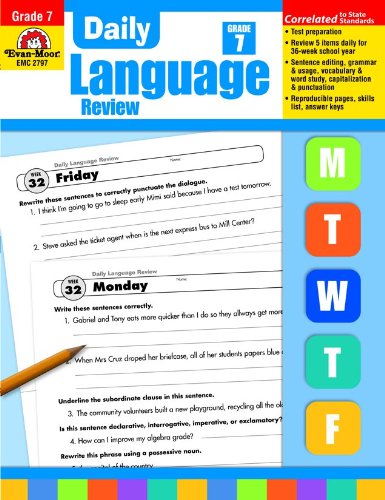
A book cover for Daily Language Review Common Core Edition, Grade 7; Evan Moor; Teen & Young Adult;